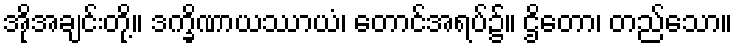
အိုအချင်းတို့။ ဒက္ခိဏာယဿာယံ၊ တောင်အရပ်၌။ ဌိတော၊ တည်သော။